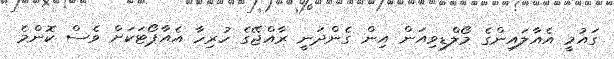
ގައުމީ އެއާލައިންގެ މޯލްޑިވިއަން އިން ގެންދަނީ ރާއްޖޭގެ ހުރިހާ އެއާޕޯޓަކަށް ވެސް ކޮންމެ